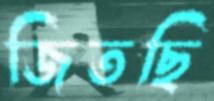
জিতছি